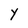
Character: Y